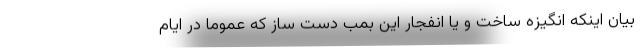
بیان اینکه انگیزه ساخت و یا انفجار این بمب دست ساز که عموما در ایام